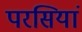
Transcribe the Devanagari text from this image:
परसियां